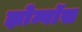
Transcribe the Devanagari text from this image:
झोम्बॉस